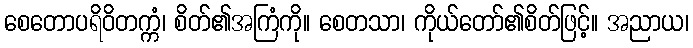
စေတောပရိဝိတက္ကံ၊ စိတ်၏အကြံကို။ စေတသာ၊ ကိုယ်တော်၏စိတ်ဖြင့်။ အညာယ၊